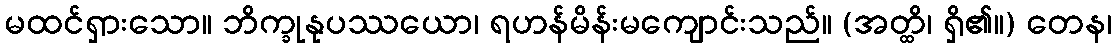
မထင်ရှားသော။ ဘိက္ခုနုပဿယော၊ ရဟန်မိန်းမကျောင်းသည်။ (အတ္ထိ၊ ရှိ၏။) တေန၊